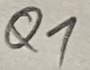
Text: Q1